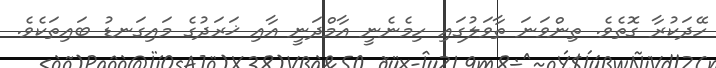
ހޭދަކުރާ ގޮތެވެ. ތިންވަނަ ތާވަލުގައި ހިމެނެނީ އާމްދަނީ އާއި ޚަރަދުގެ މައިގަނޑު ބައިތަކެވެ.